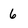
Character: 6